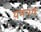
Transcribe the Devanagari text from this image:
यमनमें